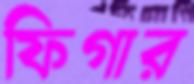
ফিগার